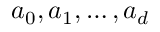
a _ { 0 } , a _ { 1 } , \dots , a _ { d }